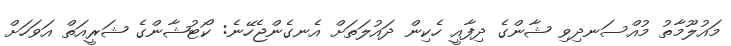
މައުލޫމާތު މުއްސަނދިވި ޝާންގެ ދިފާއީ ހެކިން ދައުލަތަށް އެނގެންޖެހޭނެ: ކޯޓުޝާންގެ ޝަރީއަތް އަވަހަށް